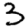
Digit: 3